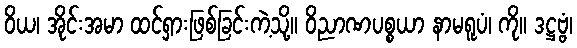
ဝိယ၊ အိုင်းအမာ ထင်ရှားဖြစ်ခြင်းကဲ့သို့။ ဝိညာဏပစ္စယာ နာမရူပံ၊ ကို။ ဒဋ္ဌဗ္ဗံ၊